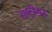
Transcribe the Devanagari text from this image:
राष्ट्रीगय